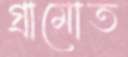
গ্রামোত